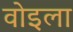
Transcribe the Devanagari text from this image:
वोइला